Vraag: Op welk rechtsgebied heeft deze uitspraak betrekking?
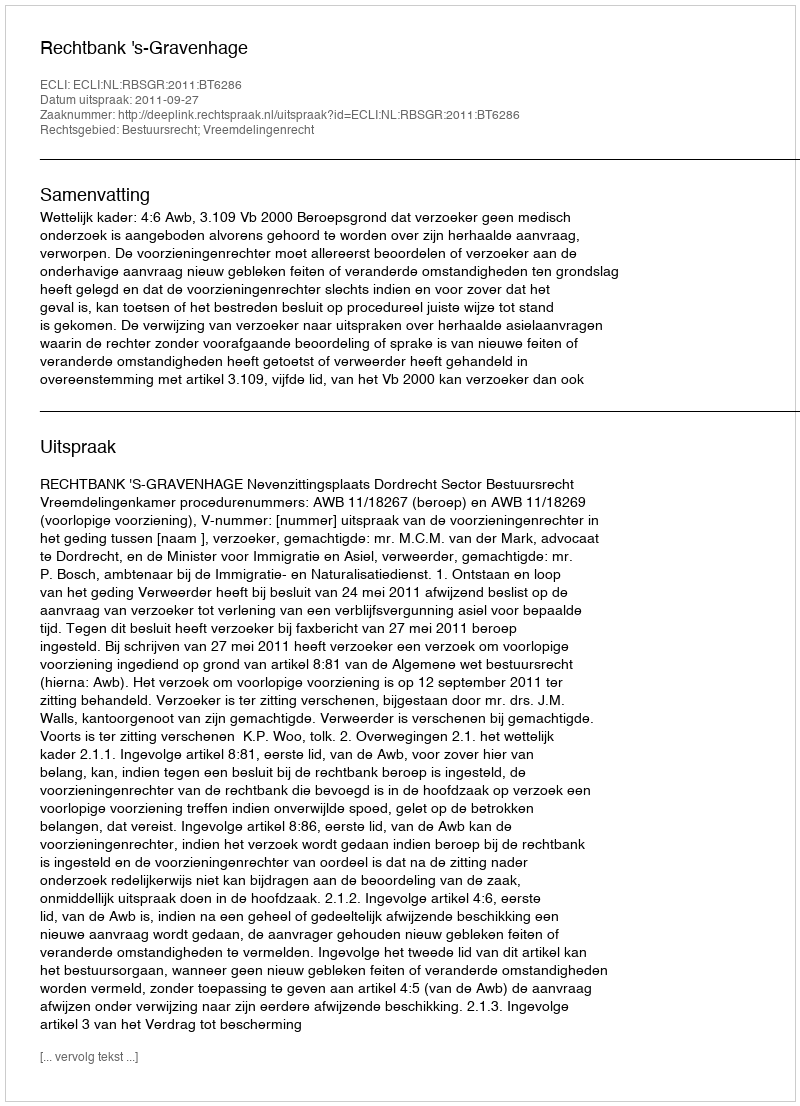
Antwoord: Bestuursrecht; Vreemdelingenrecht